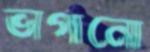
ভাগানো